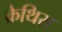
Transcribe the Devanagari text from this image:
क्रेथिस